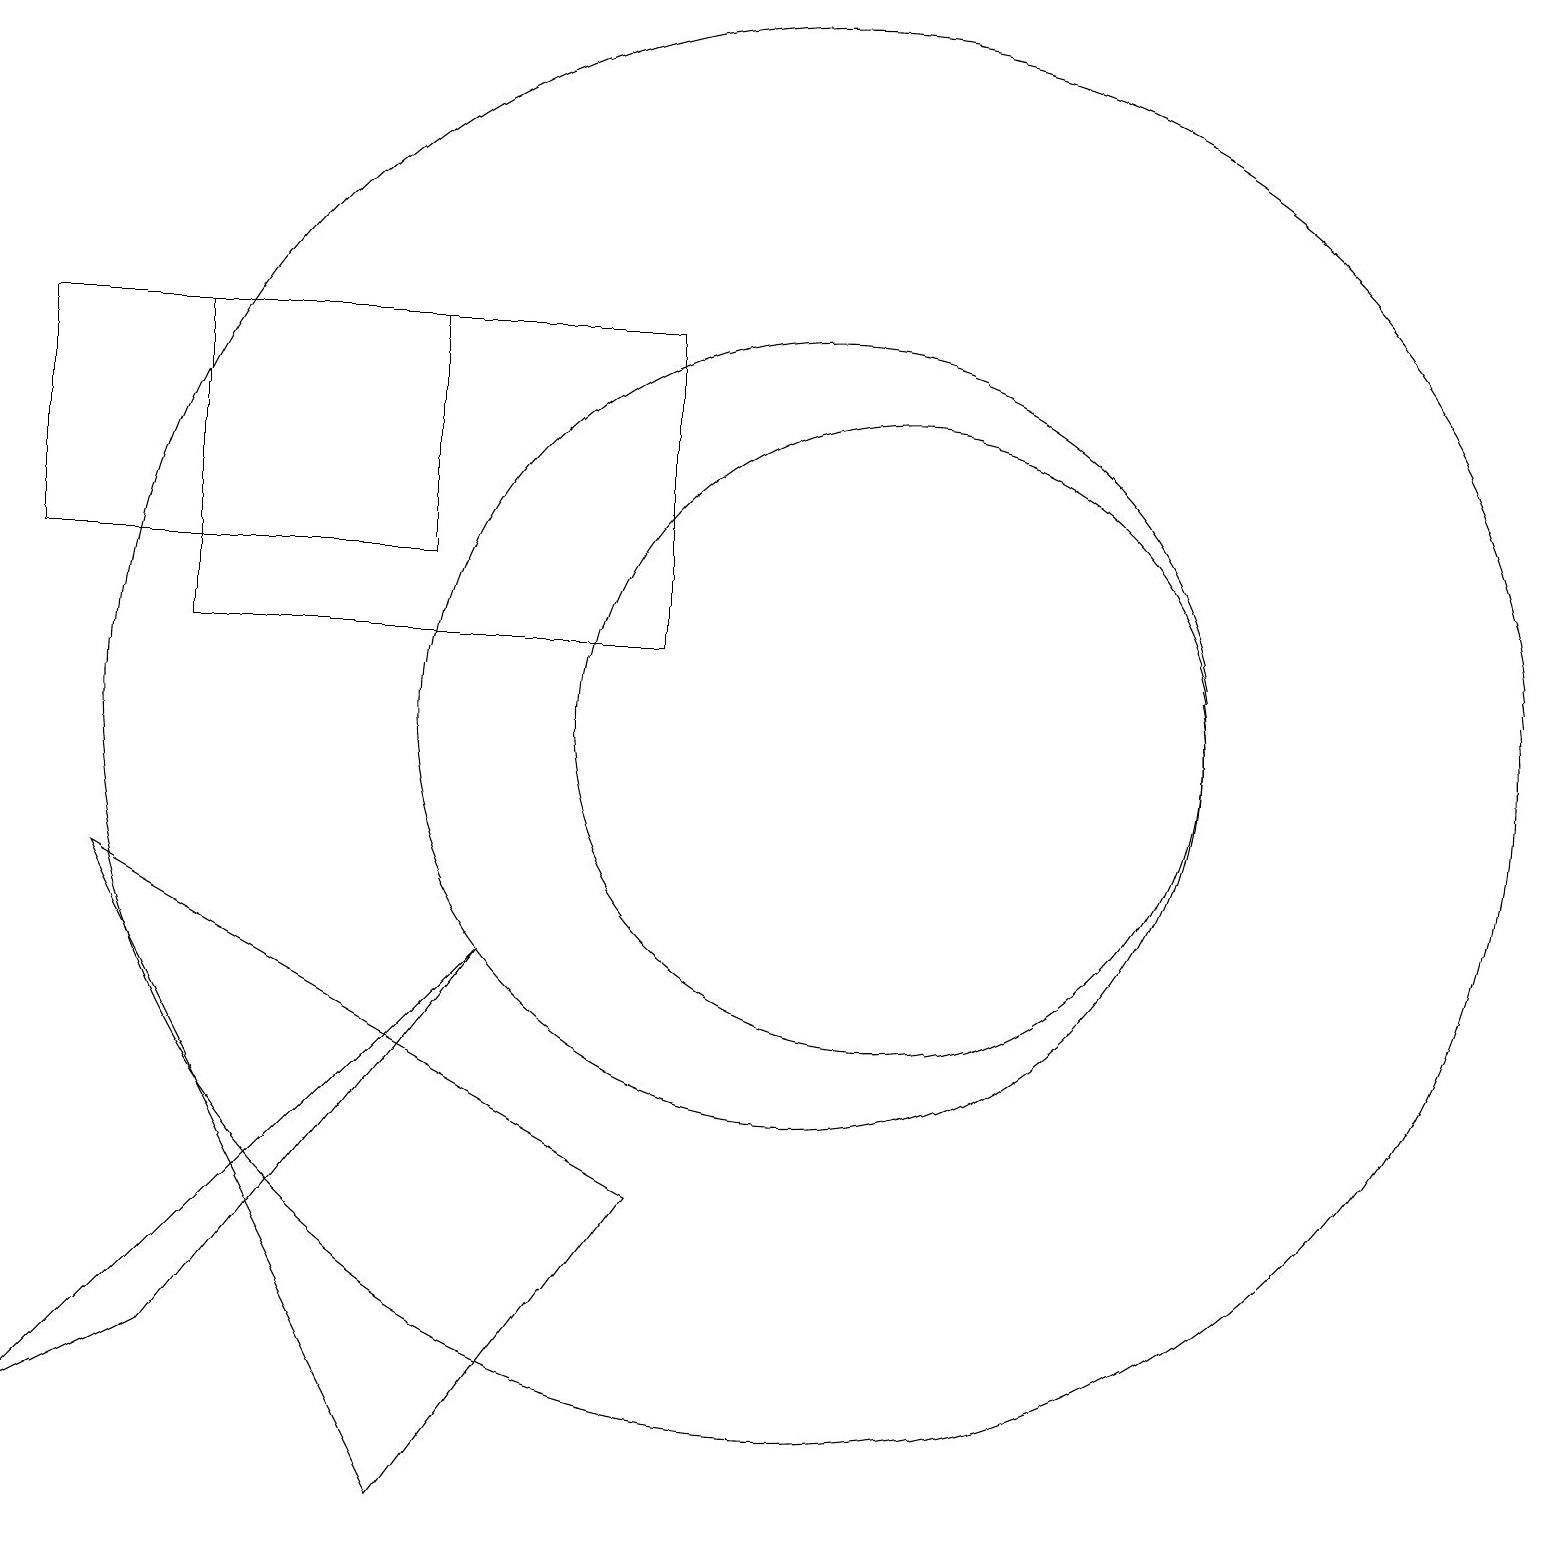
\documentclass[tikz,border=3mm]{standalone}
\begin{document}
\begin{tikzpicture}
\draw (1,8) -- (5,0) -- (8,4) -- cycle;
\draw (10,10) circle (9);
\draw (10,10) circle (5);
\draw (8,15) rectangle (2,11);
\draw (0,15) rectangle (5,12);
\draw (0,1) -- (2,2) -- (6,7) -- cycle;
\draw (11,10) circle (4);
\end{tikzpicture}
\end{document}